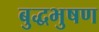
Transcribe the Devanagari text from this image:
बुद्धभुषण